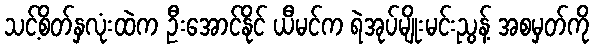
သင့်စိတ်နှလုံးထဲက ဦးအောင်နိုင် ယီမင်က ရဲအုပ်မျိုးမင်းညွန့် အစမှတ်ကို